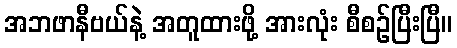
အဘဖာနီဗယ်နဲ့ အတူထားဖို့ အားလုံး စီစဉ်ပြီးပြီ။